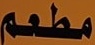
مطعم